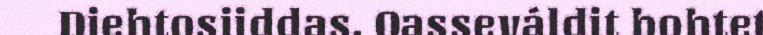
Diehtosiiddas. Oasseváldit bohtet